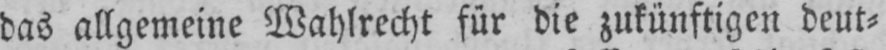
das allgemeine Wahlrecht für die zukünftigen deut⸗